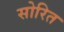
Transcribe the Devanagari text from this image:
सोरित